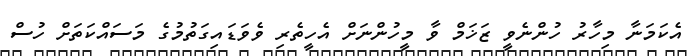
އެކަމަނާ މިހާރު ހުންނެވީ ޒަޚަމް ވާ މީހުންނަށް އެހީތެރި ވެވަޑައިގަތުމުގެ މަސައްކަތަށް ހުސް